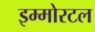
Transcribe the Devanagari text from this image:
इम्मोरटल